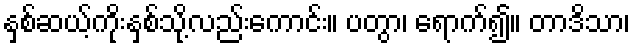
နှစ်ဆယ့်ကိုးနှစ်သို့လည်းကောင်း။ ပတွာ၊ ရောက်၍။ တာဒိသာ၊